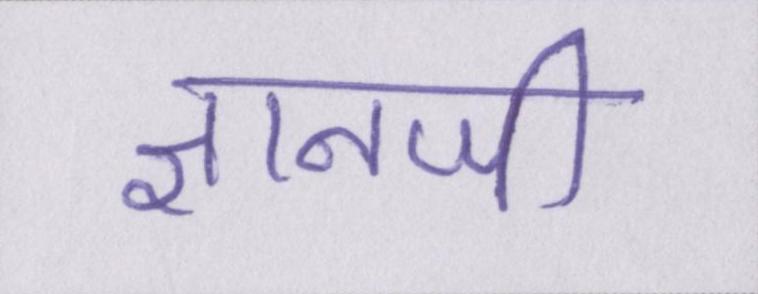
ज्ञानजी